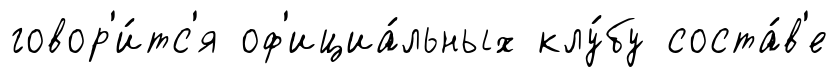
говор'и́тс'я оф'ициа́льных клу́бу соста́в'е